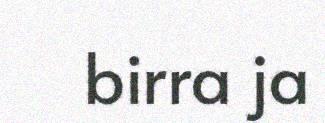
birra ja